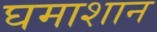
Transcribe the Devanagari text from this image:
घमाशान